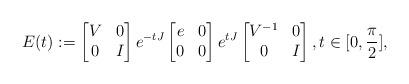
LaTeX: \begin{align*} E(t):= \begin{bmatrix} V & 0 \\ 0 & I\end{bmatrix} e^{-tJ} \begin{bmatrix} e & 0 \\ 0 & 0 \end{bmatrix}e^{tJ} \begin{bmatrix} V^{-1} & 0 \\ 0 & I \end{bmatrix} , t \in [0, \frac \pi 2] ,\end{align*}